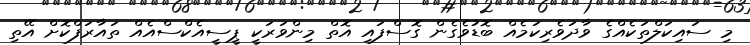
މި ސައިކަލްތަކެއްގެ ވާދަވެރިކަމެއް ބޮޑުވެގެން ގޮސްފައި އޮތް މިންވަރަކީ ޕީސީއެކްސްއެއް ތައާރަފްކޮށް އޭތި